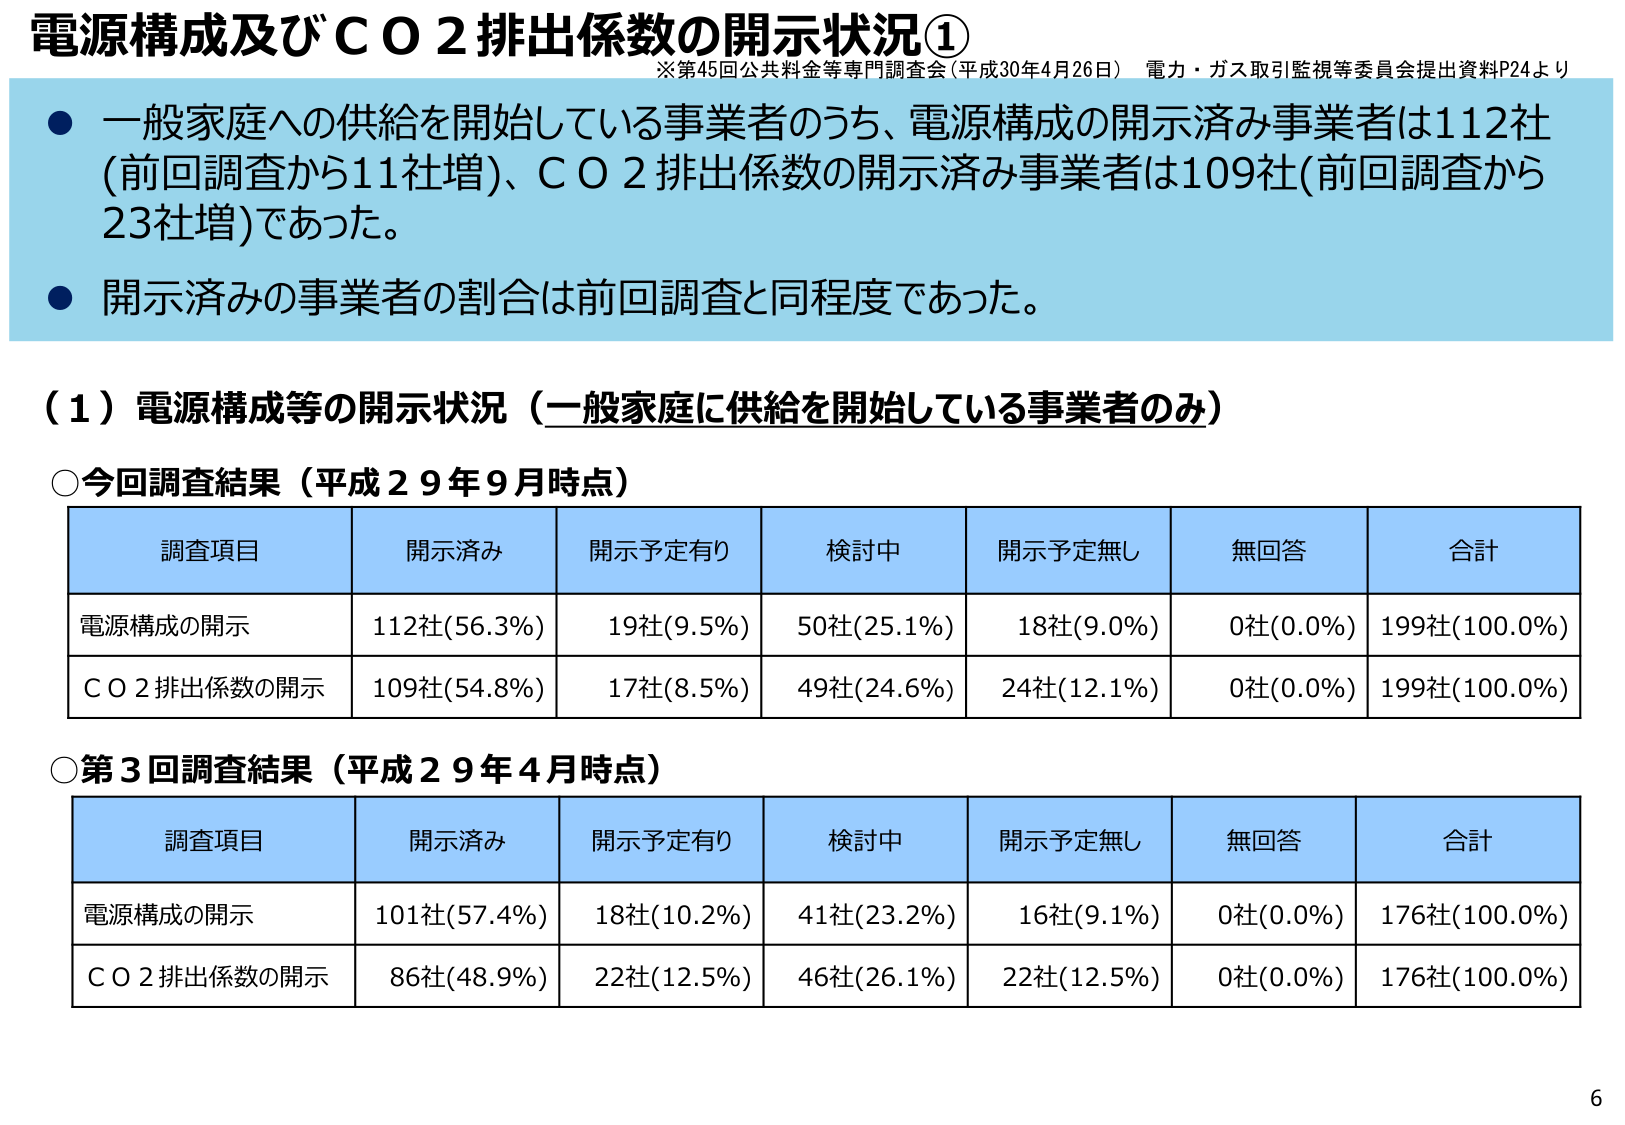
電源構成及びＣＯ２排出係数の開示状況①
※第45回公共料金等専門調査会（平成30年4月26日） 電力・ガス取引監視等委員会提出資料P24より

● 一般家庭への供給を開始している事業者のうち、電源構成の開示済み事業者は112社（前回調査から11社増）、ＣＯ２排出係数の開示済み事業者は109社（前回調査から23社増）であった。
● 開示済みの事業者の割合は前回調査と同程度であった。

（１）電源構成等の開示状況（一般家庭に供給を開始している事業者のみ）

○今回調査結果（平成29年9月時点）

| 調査項目 | 開示済み | 開示予定有り | 検討中 | 開示予定無し | 無回答 | 合計 |
|----------|----------|--------------|--------|--------------|--------|------|
| 電源構成の開示 | 112社(56.3%) | 19社(9.5%) | 50社(25.1%) | 18社(9.0%) | 0社(0.0%) | 199社(100.0%) |
| ＣＯ２排出係数の開示 | 109社(54.8%) | 17社(8.5%) | 49社(24.6%) | 24社(12.1%) | 0社(0.0%) | 199社(100.0%) |

○第3回調査結果（平成29年4月時点）

| 調査項目 | 開示済み | 開示予定有り | 検討中 | 開示予定無し | 無回答 | 合計 |
|----------|----------|--------------|--------|--------------|--------|------|
| 電源構成の開示 | 101社(57.4%) | 18社(10.2%) | 41社(23.2%) | 16社(9.1%) | 0社(0.0%) | 176社(100.0%) |
| ＣＯ２排出係数の開示 | 86社(48.9%) | 22社(12.5%) | 46社(26.1%) | 22社(12.5%) | 0社(0.0%) | 176社(100.0%) |

6